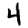
Digit: 4